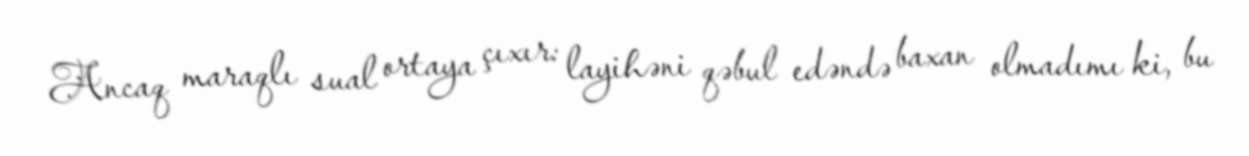
Ancaq maraqlı sual ortaya çıxır: layihəni qəbul edəndə baxan olmadımı ki, bu